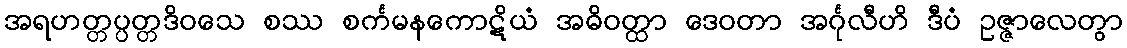
အရဟတ္တပ္ပတ္တဒိဝသေ စဿ စင်္ကမနကောဋိယံ အဓိဝတ္ထာ ဒေဝတာ အင်္ဂုလီဟိ ဒီပံ ဥဇ္ဇာလေတွာ